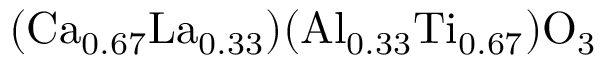
( \mathrm { C a _ { 0 . 6 7 } L a _ { 0 . 3 3 } } ) ( \mathrm { A l _ { 0 . 3 3 } T i _ { 0 . 6 7 } } ) \mathrm { O _ { 3 } }